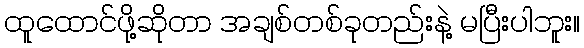
ထူထောင်ဖို့ဆိုတာ အချစ်တစ်ခုတည်းနဲ့ မပြီးပါဘူး။